Scottish Leaving Certificate Examination, 1957
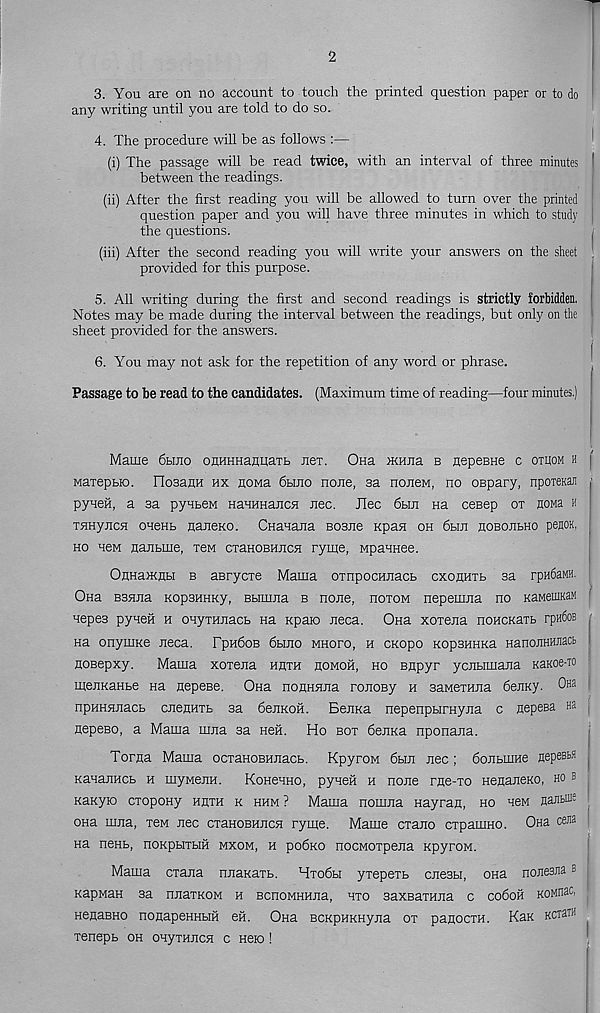
2
3. You are on no account to touch the printed question paper or to do
any writing until you are told to do so.
4. The procedure will be as follows :—
(i) The passage will be read twice, with an interval of three minutes 1
between the readings.
(ii) After the first reading you will be allowed to turn over the printed |
question paper and you will have three minutes in which to study
the questions.
(iii) After the second reading you will write your answers on the sheet
provided for this purpose.
5. All writing during the first and second readings is strictly forbidden,
Notes may be made during the interval between the readings, but only on the l
sheet provided for the answers.
6. You may not ask for the repetition of any word or phrase.
Passage to be read to the candidates. (Maximum time of reading—four minutes.)
' 'ifi
Marne 6hjio onHHHaroaTb Jiex. Ona Hernia b nepeBHe c otuom h i
Maxepbio. noaanH hx noMa 6hjio none, sa nojiew, no oepary, npoTenan
pyueH, a sa pyuben HaHHHancn jiec. Jlec 6bm na cesep ox nona h
xflHyjicn onenb naneKO. CnanaJia Bosne npan oh 6hji hobojibho penon,
ho HeM najibme, xen cxaHOBHJicn ryme, MpanHee.
OflHaiKHH b aBrycxe Mama oxnpocHJiacb cxohhxb sa rpHfiaMH.
Ona B35ma Kopsumcy, Bbimna b none, hoxom nepemna no KaMeiuKaM
nepes pyneH h onyxHnacb na Kpaio neca. Ona xoxena noHCKaxb rpn6oB ;
Ha onyniKe neca. Fph6ob 6bino mhofo, h CKopo KopsHHKa HanonHHJiacb
HOBepxy.
Mama xoxena hhxh homoh, ho Bnpyr yenbimana Kanoe-TO |
mennaHbe na nepeBe. Ona noflnnna ronosy h sawexuna 6enKy. Ona
npHHnnacb cnennxb sa 6enKOH. Benna nepenpbirHyna c nepesa Ha
nepeso, a Mama mna sa Hen. Ho box denna nponana.
Torna Mama ocxaHOBnnacb. KpyroM 6bin nec; 6onbmne nepeBta
KananHCb h rnywenn. Kohchho, pyneH h none rne-xo Henanexo, ho b
KaKyio cxopoHy hhxh k hhm ? Mama nomna Hayran, ho hcm nanbUE
ona mna, xen nec cxanoBHncn ryme. Marne exano expamno. Cto ceffl
Ha nenb, noKpHXbm mxom, h podno nocMoxpena KpyroM.
Mama exana nnanaxh. Hxodbi yxepexb cnesbi, ona nonesiia b
KapMan sa nnaxKOM h BcnoMHHna, nxo saxBaxnna c codofi KOMiiac,
HenaBHo nonapeHHbiH eii. Ona BCKpHKHyna ox panocxH. Kan KCiaw
xenepb oh onyxHncn c Hero !